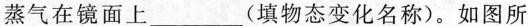
蒸气在镜面上___(填物态变化名称)。如图所